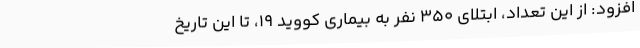
افزود: از این تعداد، ابتلای 350 نفر به بیماری کووید 19، تا این تاریخ